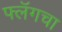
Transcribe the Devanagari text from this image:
फ्लॅगचा